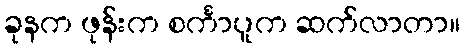
ခုနက ဖုန်းက စင်္ကာပူက ဆက်လာတာ။